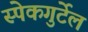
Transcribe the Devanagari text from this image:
स्पेकगुर्टेल